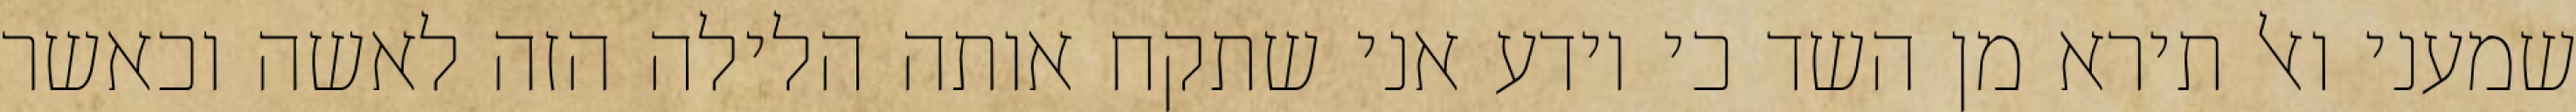
שמעני ואל תירא מן השד כי יודע אני שתקח אותה הלילה הזה לאשה וכאשר